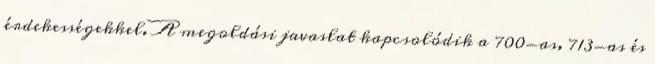
érdekességekkel. A megoldási javaslat kapcsolódik a 700-as, 713-as és